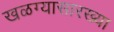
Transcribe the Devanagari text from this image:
खळग्यासारख्या